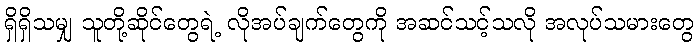
ရှိရှိသမျှ သူတို့ဆိုင်တွေရဲ့ လိုအပ်ချက်တွေကို အဆင်သင့်သလို အလုပ်သမားတွေ